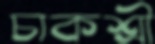
চাকশ্রী